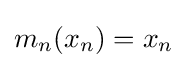
m_{n}(x_{n})=x_{n}